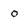
Character: 0